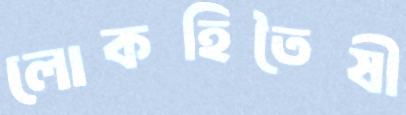
লোকহিতৈষী